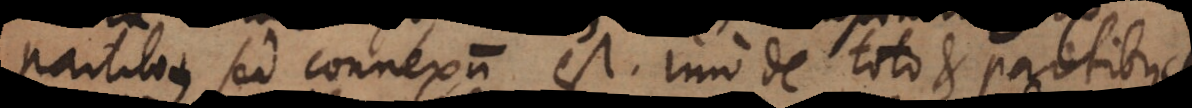
partibus sed connexum est. Imo de toto et partibus